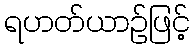
ရဟတ်ယာဉ်ဖြင့်